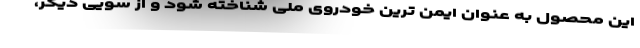
این محصول به عنوان ایمن ترین خودروی ملی شناخته شود و از سویی دیگر،